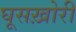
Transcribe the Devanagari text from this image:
घूसख़ोरी